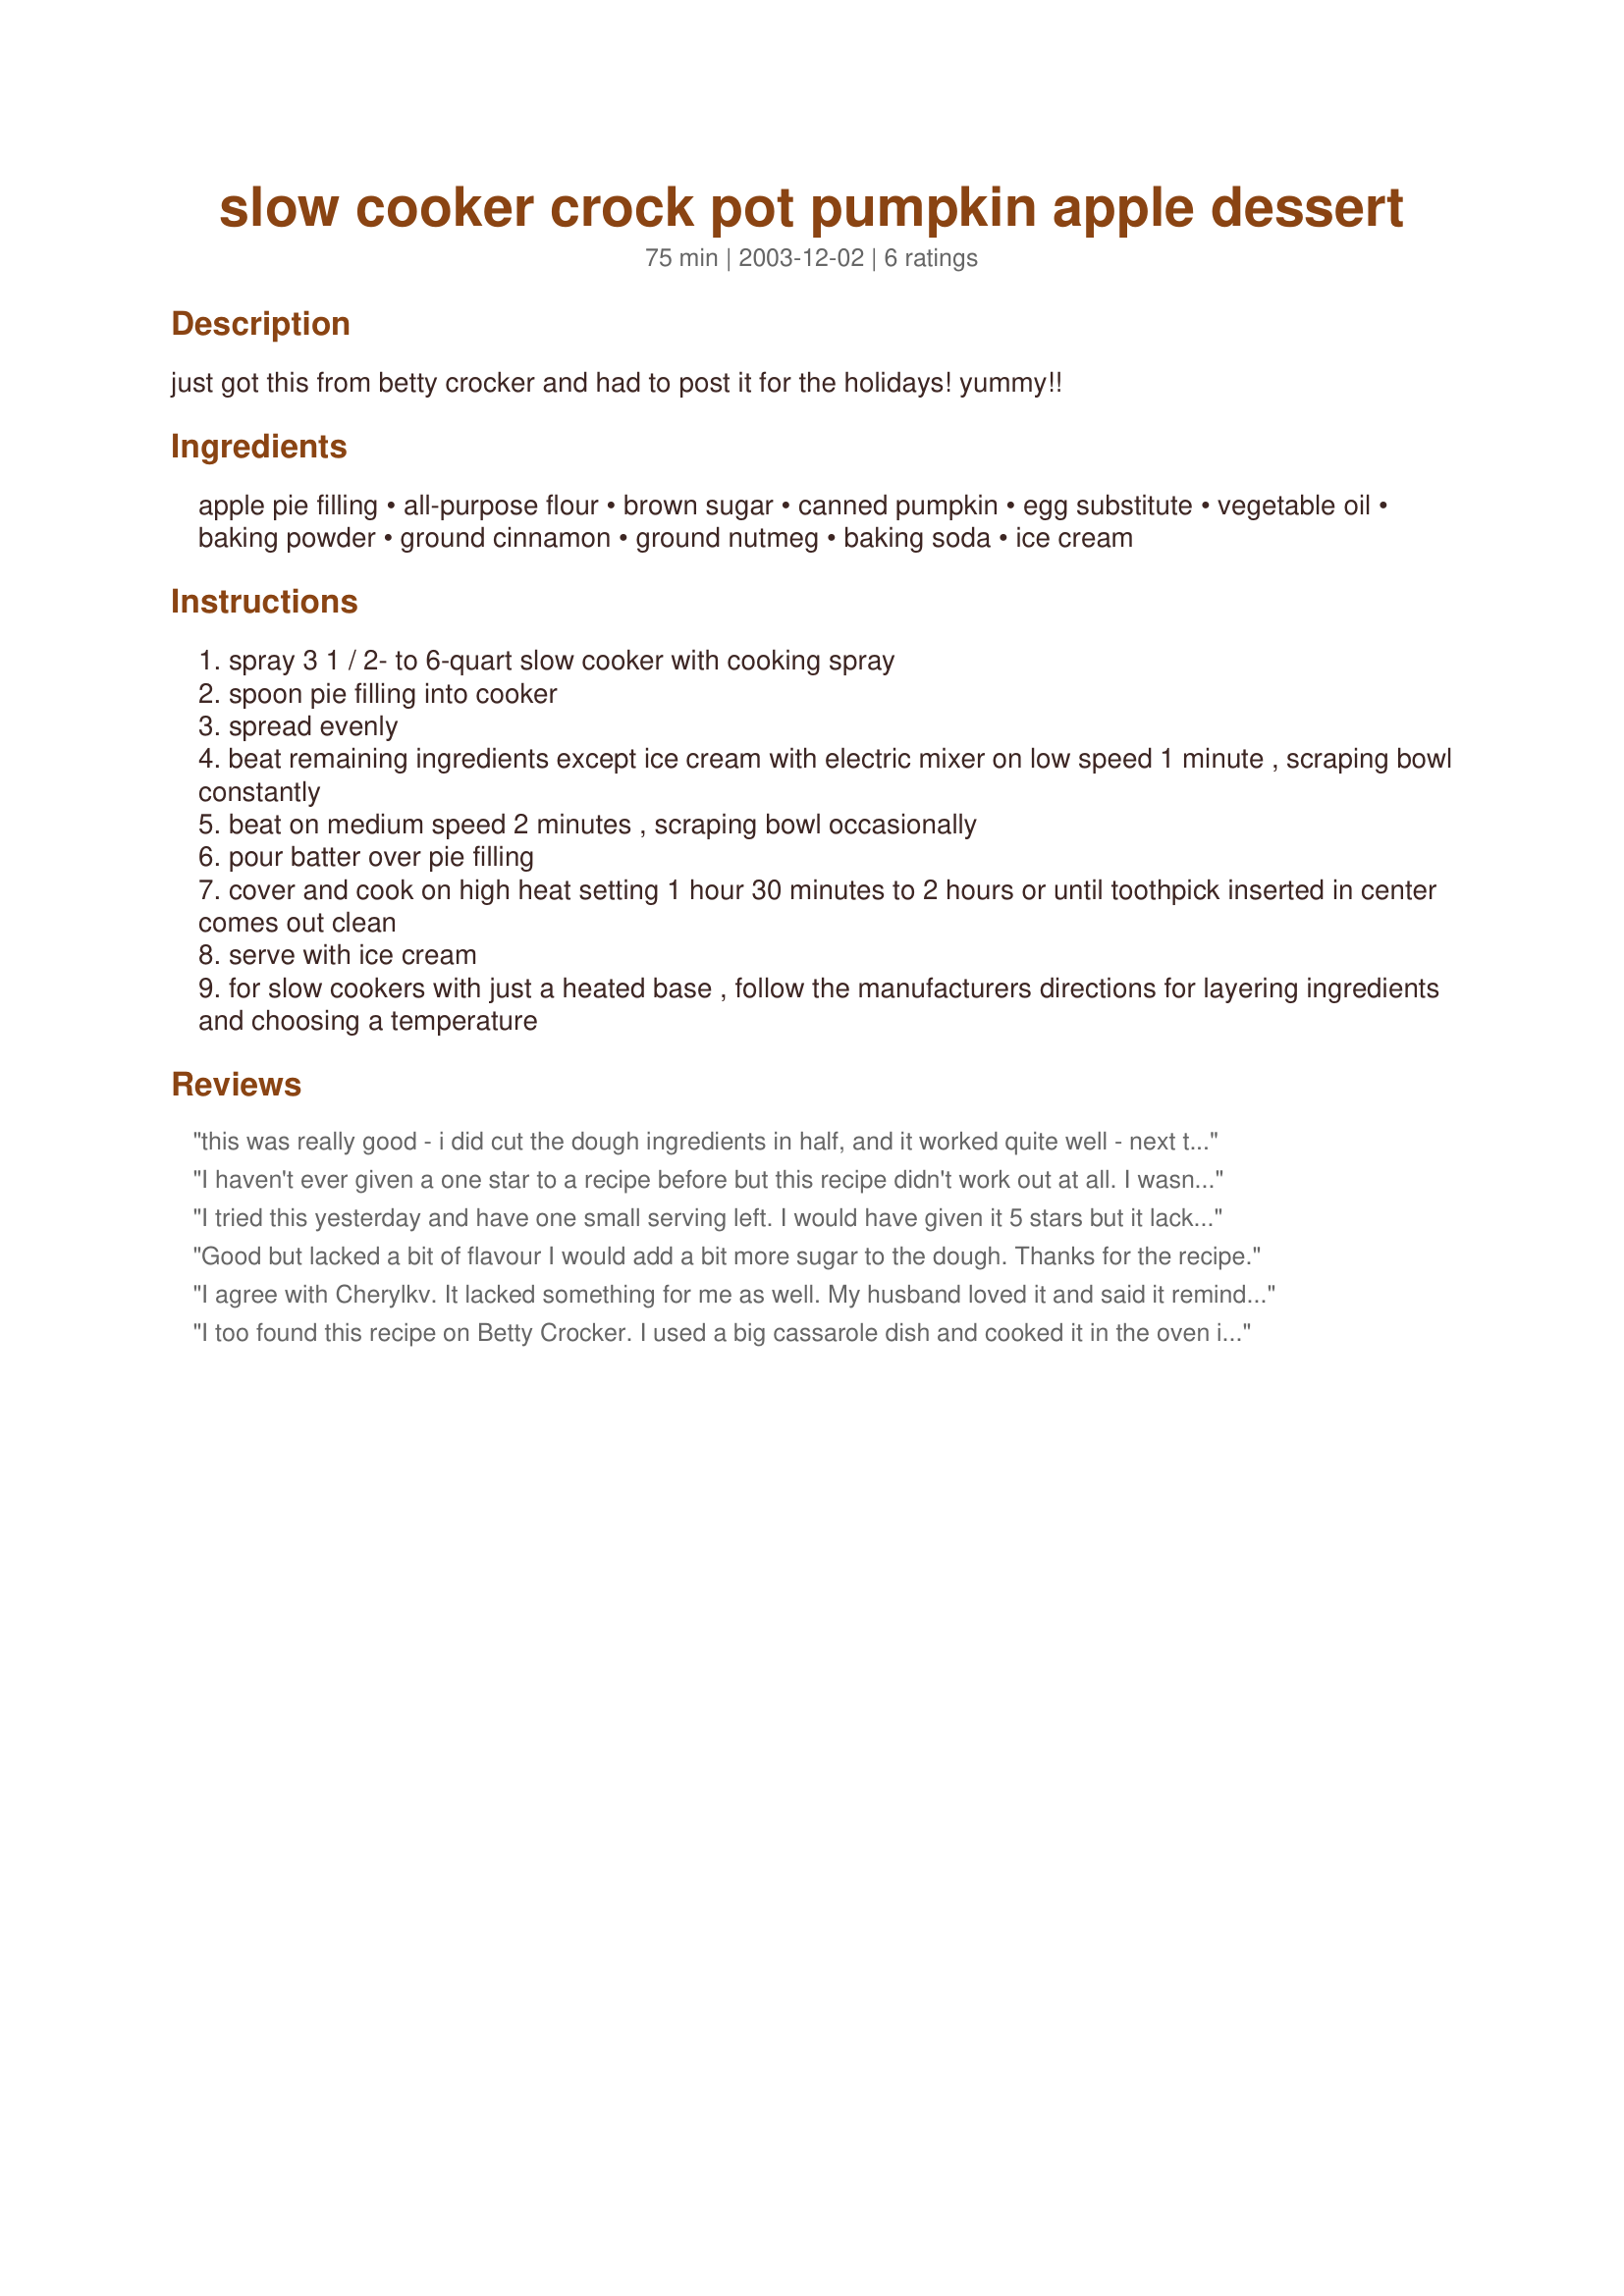
slow cooker crock pot pumpkin apple dessert
Preparation time: 75 minutes

just got this from betty crocker and had to post it for the holidays! yummy!!

Ingredients:
apple pie filling, all-purpose flour, brown sugar, canned pumpkin, egg substitute, vegetable oil, baking powder, ground cinnamon, ground nutmeg, baking soda, ice cream

Steps:
spray 3 1 / 2- to 6-quart slow cooker with cooking spray
spoon pie filling into cooker
spread evenly
beat remaining ingredients except ice cream with electric mixer on low speed 1 minute , scraping bowl constantly
beat on medium speed 2 minutes , scraping bowl occasionally
pour batter over pie filling
cover and cook on high heat setting 1 hour 30 minutes to 2 hours or until toothpick inserted in center comes out clean
serve with ice cream
for slow cookers with just a heated base , follow the manufacturers directions for layering ingredients and choosing a temperature

Reviews:
this was really good - i did cut the dough ingredients in half, and it worked quite well - next time i'll cut the sugar down a bit, because it was a little too sweet with the apple pie filling...but, there will be a next time :-)
I haven't ever given a one star to a recipe before but this recipe didn't work out at all. I wasn't sure if the pumpkin should of cooked like a cake but the consistency of the mixture wasn't great. I even cooked it for 2 additonal hours hoping it would work out. We just had the ice cream for our dessert.
I tried this yesterday and have one small serving left. I would have given it 5 stars but it lacked 'something' for my tastes. It turned out great and my teenage boys and husband devoured it. I think it might need some salt or vanilla to give it a bit of oomph to the flavor. I used a 4qt crock pot and it took almost exactly 2 hours on low.
Good but lacked a bit of flavour I would add a bit more sugar to the dough. Thanks for the recipe.
I agree with Cherylkv. It lacked something for me as well. My husband loved it and said it reminded him of bread pudding, which is his favorite dessert. I thought it would make my kitchen smell good with the cinnamon and apples, but it really didn't. I was disappointed in this recipe- probably won't make it again.
I too found this recipe on Betty Crocker. I used a big cassarole dish and cooked it in the oven instead. It was great but there was to much cake/pie filling ratio and would cut back to 3/4 or even half the cake and just cook the rest seperatley for a pumpkin cake ala-mode for those who don't like apple. You could even use that half with another pie filling flavour.
